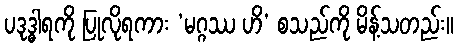
ပဒုဒ္ဓါရကို ပြုလိုရကား ‘မဂ္ဂဿ ဟိ’ စသည်ကို မိန့်သတည်း။